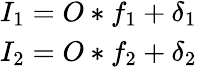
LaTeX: \begin{array}{r}{I_{1}=O\ast f_{1}+\delta_{1}}\\ {I_{2}=O\ast f_{2}+\delta_{2}}\end{array}